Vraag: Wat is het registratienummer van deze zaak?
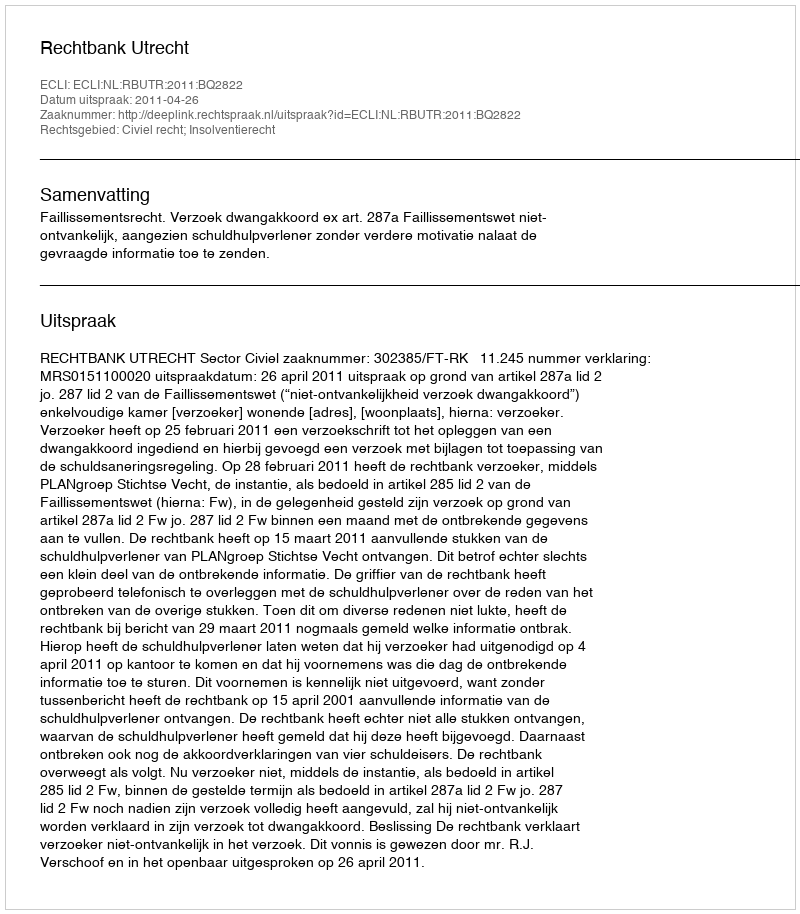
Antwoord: http://deeplink.rechtspraak.nl/uitspraak?id=ECLI:NL:RBUTR:2011:BQ2822